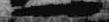
一